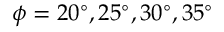
\phi = 2 0 ^ { \circ } , 2 5 ^ { \circ } , 3 0 ^ { \circ } , 3 5 ^ { \circ }